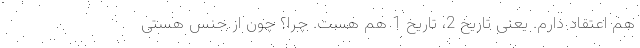
هم اعتقاد دارم. یعنی تاریخ 2، تاریخ 1 هم هست. چرا؟ چون از جنس هستی